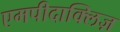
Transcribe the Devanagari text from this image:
एमपीदाक्लिज़